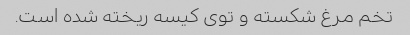
تخم مرغ شکسته و توی کیسه ریخته شده است.